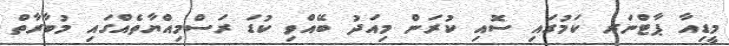
މީޑިއާ ޕާޓްނަރ ކަމުގައި ސޮއި ކުރަން މިއަދު ބޭއްވި ކުޑަ ރަސްމިއްޔާތެއްގައި މުބާރާތް